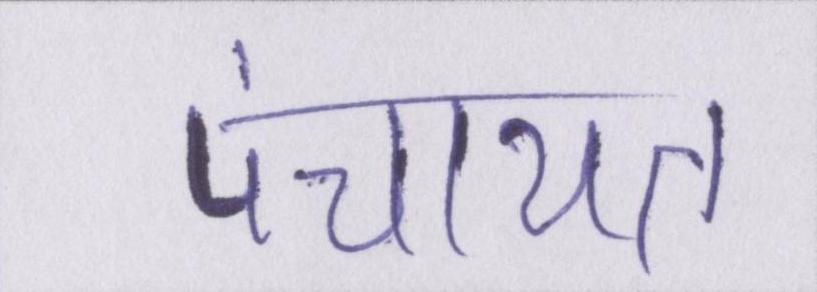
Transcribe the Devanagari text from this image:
पंचायत